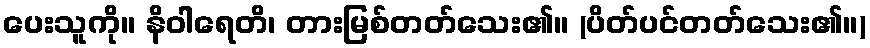
ပေးသူကို။ နိဝါရေတိ၊ တားမြစ်တတ်သေး၏။ (ပိတ်ပင်တတ်သေး၏။)